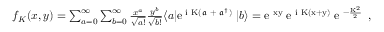
\begin{array} { r } { f _ { K } ( x , y ) = \sum _ { a = 0 } ^ { \infty } \sum _ { b = 0 } ^ { \infty } \frac { x ^ { a } } { \sqrt { a ! } } \frac { y ^ { b } } { \sqrt { b ! } } \langle a | \mathrm { e } ^ { \mathrm { \footnotesize ~ \mathrm { i } ~ K ( \mathfrak { a } ~ + ~ \mathfrak { a } ^ { \dagger } ) ~ } } | b \rangle = \mathrm { e } ^ { \mathrm { \footnotesize ~ x y ~ } } \mathrm { e } ^ { \mathrm { \footnotesize ~ \mathrm { i } ~ K ( x + y ) ~ } } \mathrm { e } ^ { \mathrm { \footnotesize ~ - \frac { K ^ { 2 } } { 2 } ~ } } \, , } \end{array}